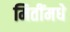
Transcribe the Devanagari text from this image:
मितींमधे